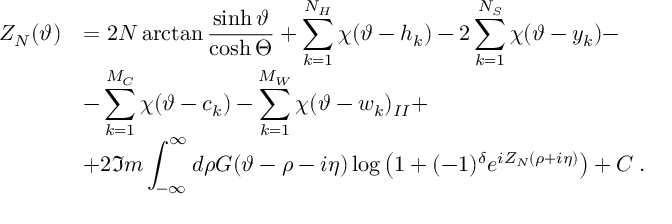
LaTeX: \begin{array} { r l } { { \displaystyle Z _ { N } ( \vartheta ) } } & { { = 2 N \arctan \displaystyle \frac { \sinh \vartheta } { \cosh \Theta } + \displaystyle \sum _ { k = 1 } ^ { N _ { H } } \chi ( \vartheta - h _ { k } ) - 2 \displaystyle \sum _ { k = 1 } ^ { N _ { S } } \chi ( \vartheta - y _ { k } ) - } } \\ { { } } & { { - \displaystyle \sum _ { k = 1 } ^ { M _ { C } } \chi ( \vartheta - c _ { k } ) - \displaystyle \sum _ { k = 1 } ^ { M _ { W } } \chi ( \vartheta - w _ { k } ) _ { I I } + } } \\ { { } } & { { + 2 \Im m \displaystyle \int _ { - \infty } ^ { \infty } d \rho G ( \vartheta - \rho - i \eta ) \log \left( 1 + ( - 1 ) ^ { \delta } e ^ { i Z _ { N } ( \rho + i \eta ) } \right) + C \: . } } \end{array}